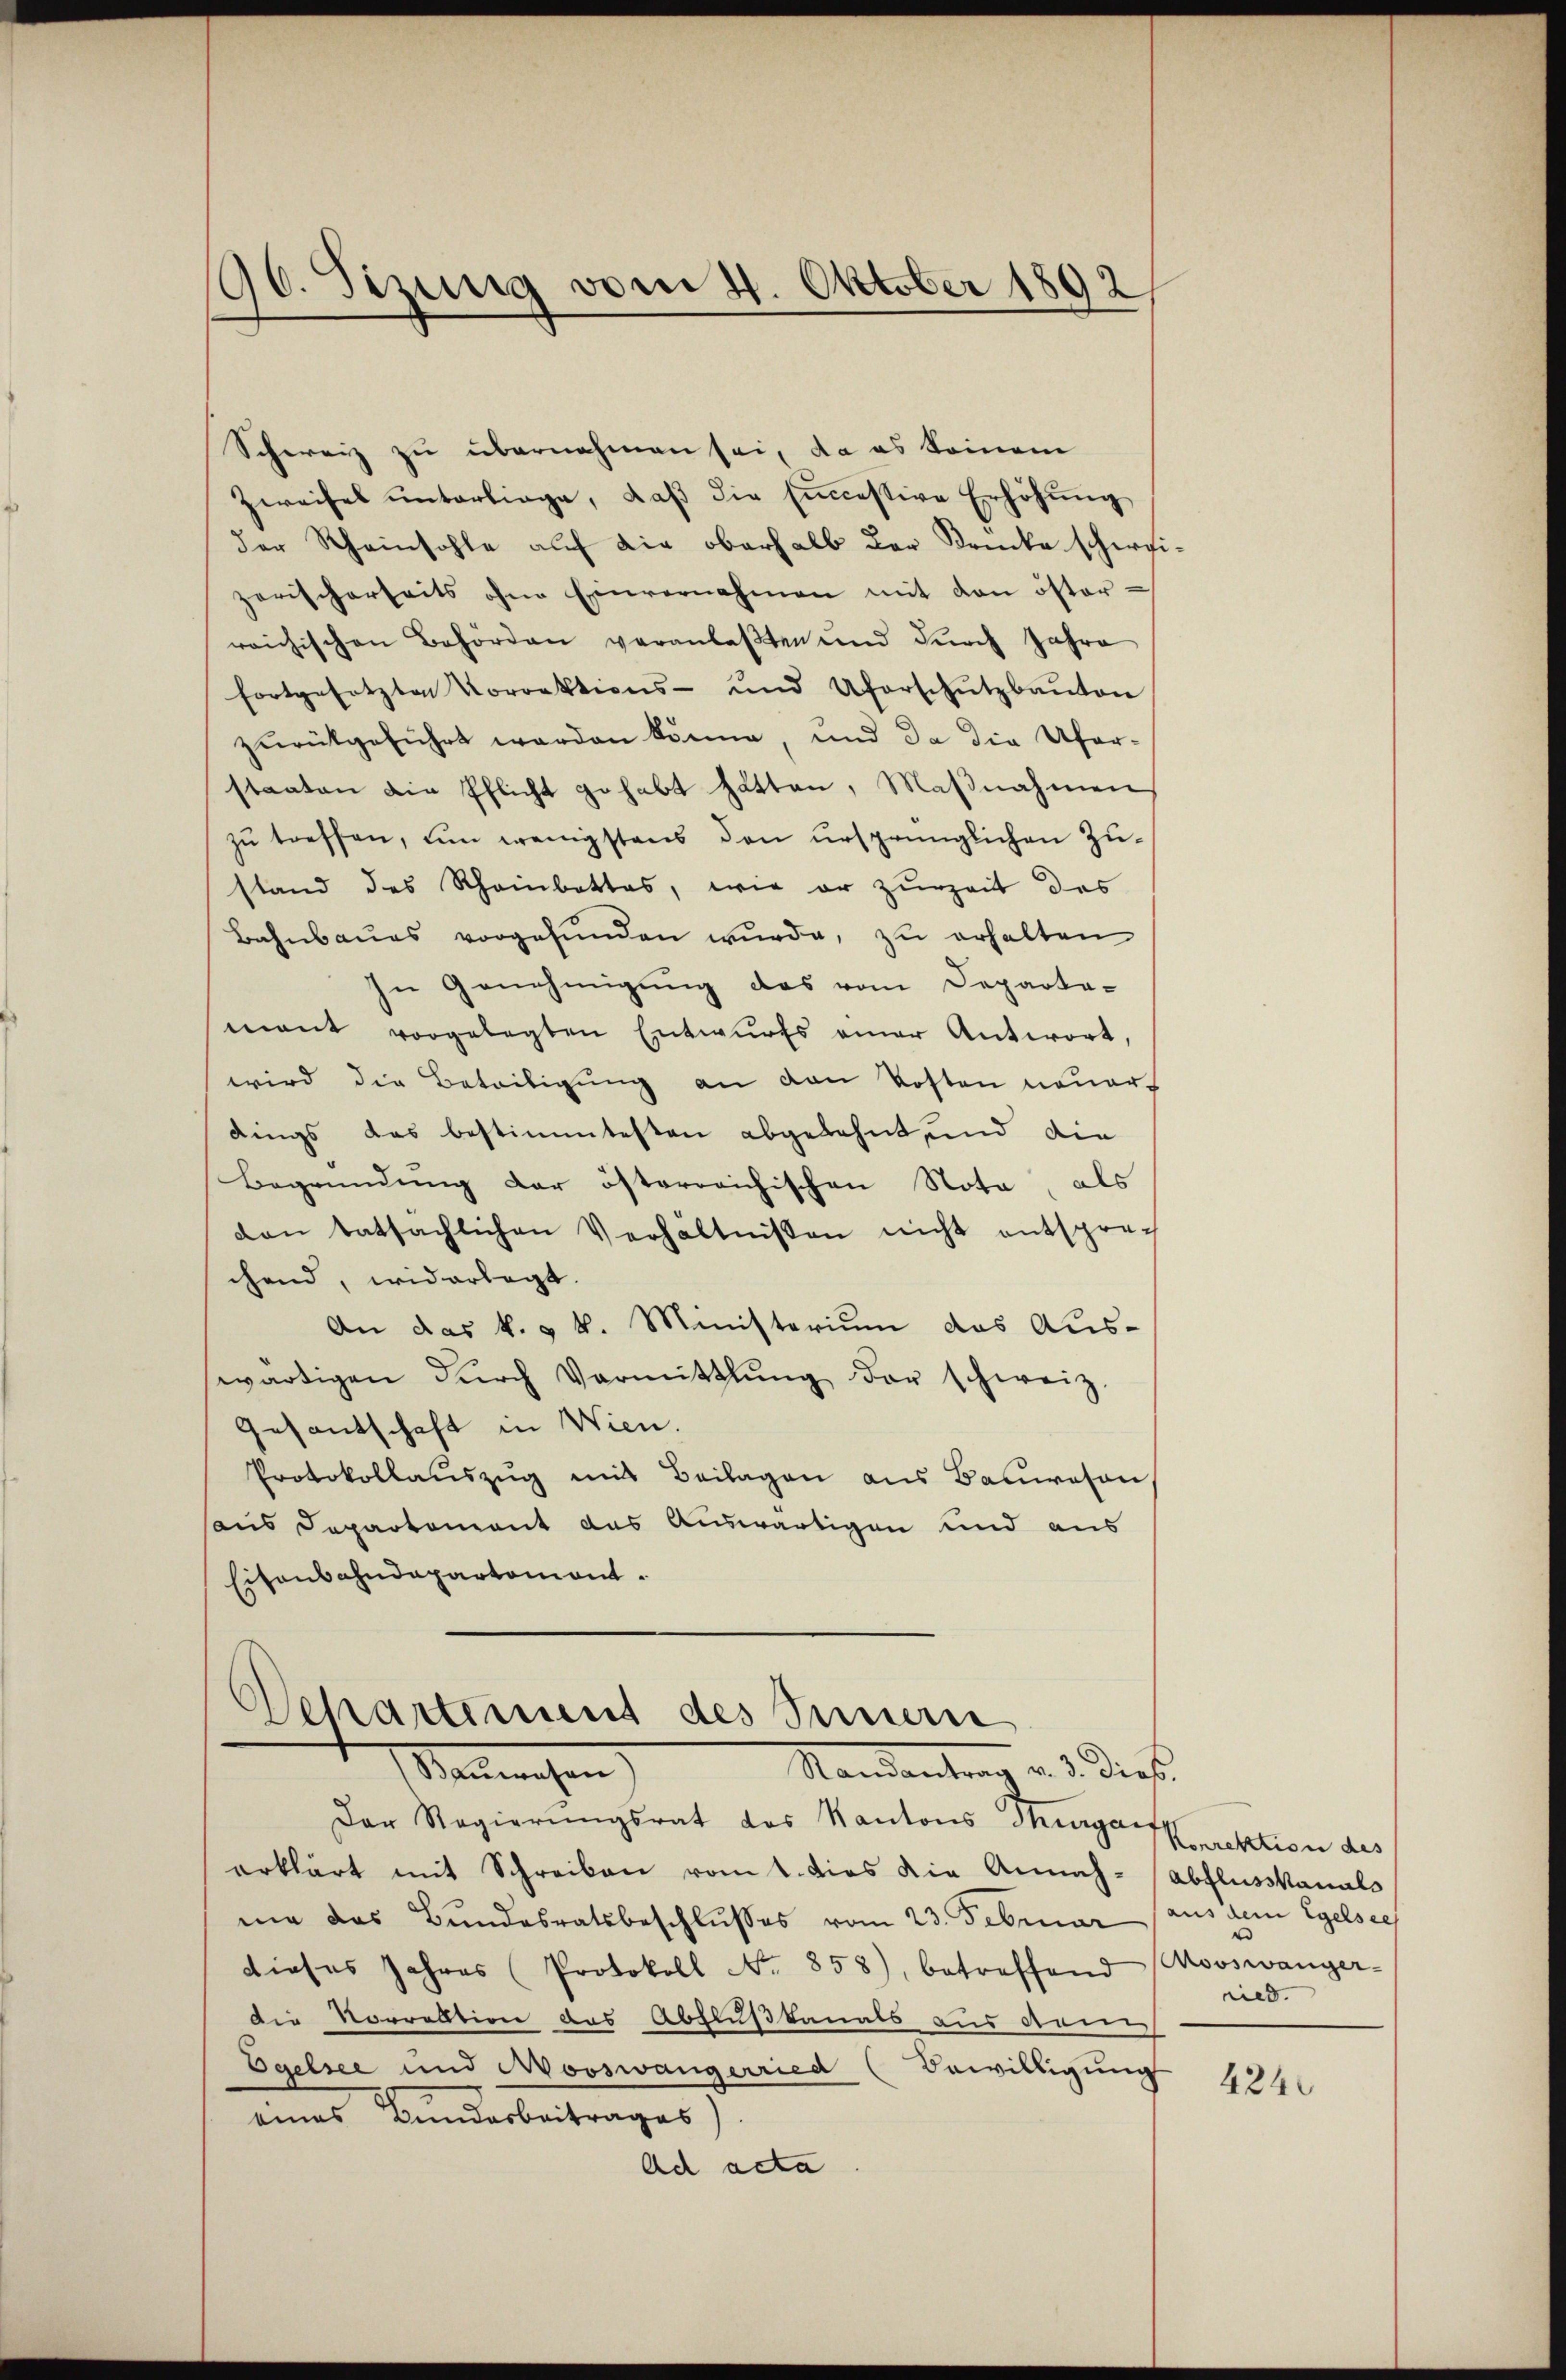
190. Sizung vom 4. Oktober 1892

Schweiz zu übernehmen sei, da es keinem
Zweifel unterliege, daβ die successive Erhöhung
der Rheinhohle auf die oberhalb der Brücke schergizerischerseits ohne Einvernahmen mit den österreichischen Behörden veranlaßten und durch Jahre
fortgesetzten Korrektions- und Uferschutzbaŭten
zurükgeführt werden könne, und da die Ufer-
staaten die Pflicht gehabt hätten, Maßnahmen
zu treffen, um wenigstens den ursprünglichen Zustand des Rheinbattes, wie er zurzeit des
Bahnbaŭes vorgefŭnden wŭrde, zu erhalten
In Genehmigung des vom Departe-
mant vorgelegten Entwurfs einer Antwort,
wird die Beteiligung an den Kosten neuerdings das bestimmtesten abgelehnt und die
Begründung der österreichischen Nota, als
den tatsächlichen Verhältnissen nicht entsprech
chend widerlegt.
An das k. k. Ministerium das Auswärtigen dŭrch Vormittlung der schweiz.
Gesantschaft in Wien.
Protokollauszug mit Beilagen aus Bauwesen,
aus Departement das Auswärtigen und aus
Eisenbahndepartement.
Departement des Innern
Mandantrag d. d. diese
Stammweichen
Der Regierungsrat des Kantons Thurgatkrektion des
erklärt mit Schreiben vom t. dies die Annah-Abflusskanals
me das Bundesratsbeschlŭsses vom 23. Februar, aus dem Egelsee
dieses Jahres (Protokoll No 858), betreffend (Mooswanger-
die Vorrektion des Abflußkanals aus dann
Egelsee und Wooswängerried (Bewilligung
eines Bundesbeitrages
Ad acta

ried.

4240